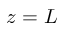
z = L